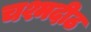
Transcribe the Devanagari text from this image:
चश्मदीठ